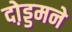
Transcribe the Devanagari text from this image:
दो़ड्डमने